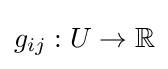
g_{ij}:U\to \mathbb {R}